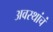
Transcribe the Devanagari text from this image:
अवस्थांचं